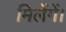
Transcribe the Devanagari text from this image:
मिलेंगें।